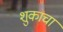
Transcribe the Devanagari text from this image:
शुकाचा